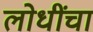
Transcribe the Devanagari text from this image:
लोधींचा